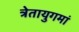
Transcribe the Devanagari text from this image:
त्रेतायुगमां